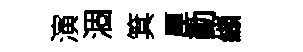
演涸箕厘勤纈